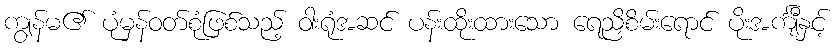
ကျွန်မ၏ ပုံမှန်ဝတ်စုံဖြစ်သည့် ဝါးရုံအဆင် ပန်းထိုးထားသော ရေညှိစိမ်းရောင် ပိုးအင်္ကျီနှင့်